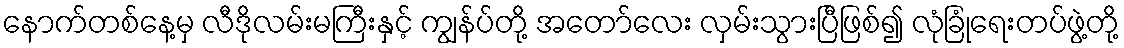
နောက်တစ်နေ့မှ လီဒိုလမ်းမကြီးနှင့် ကျွန်ပ်တို့ အတော်လေး လှမ်းသွားပြီဖြစ်၍ လုံခြုံရေးတပ်ဖွဲ့တို့